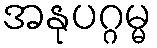
အနုပဂ္ဂမ္မ